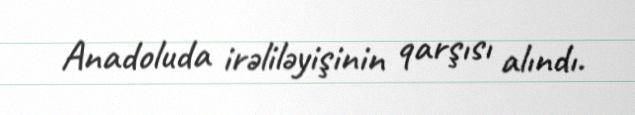
Anadoluda irəliləyişinin qarşısı alındı.